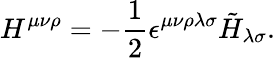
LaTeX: H^{\mu\nu\rho}=-{\frac{1}{2}}\epsilon^{\mu\nu\rho\lambda\sigma}\tilde{H}_{\lambda\sigma}.